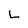
Character: L